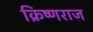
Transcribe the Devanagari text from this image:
क्रिष्णराज